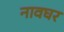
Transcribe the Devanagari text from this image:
नावघर